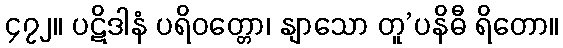
၄၇၂။ ပဋိဒါနံ ပရိဝတ္တော၊ နျာသော တူ’ပနိဓီ ရိတော။